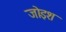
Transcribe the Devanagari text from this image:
जोइश